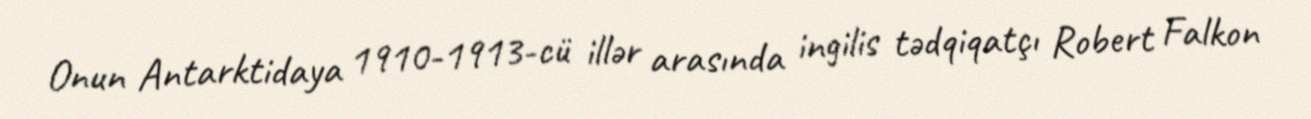
Onun Antarktidaya 1910-1913-cü illər arasında ingilis tədqiqatçı Robert Falkon